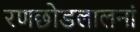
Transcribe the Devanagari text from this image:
रणछोडलालनां